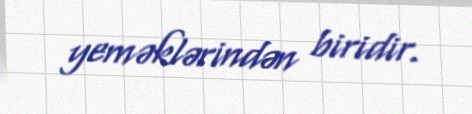
yeməklərindən biridir.